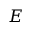
\boldsymbol { E }